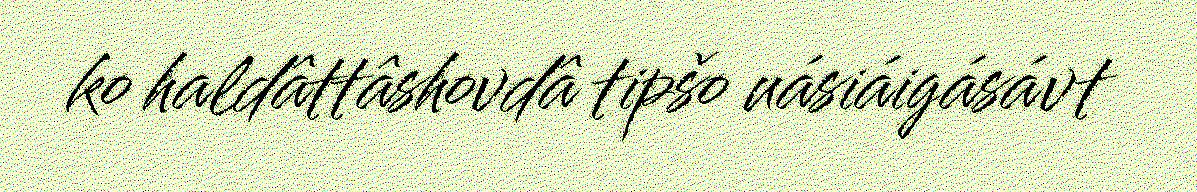
ko haldâttâshovdâ tipšo uásiáigásávt